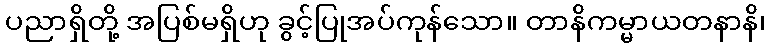
ပညာရှိတို့ အပြစ်မရှိဟု ခွင့်ပြုအပ်ကုန်သော။ တာနိကမ္မာယတနာနိ၊